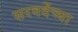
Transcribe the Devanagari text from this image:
सरवदेंच्या